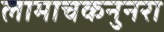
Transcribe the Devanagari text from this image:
लामाचकनुनरा